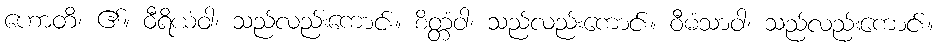
ဟောတိ၊ ၏။ ဝီရိယံဝါ၊ သည်လည်းကောင်း။ စိတ္တံဝါ၊ သည်လည်းကောင်း။ ဝီမံသာဝါ၊ သည်လည်းကောင်း။